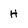
Character: H